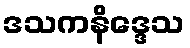
ဒသကနိဒ္ဒေသ